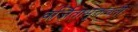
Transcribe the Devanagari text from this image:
वर्जितामुक्तवतीं